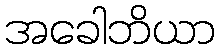
အခေါဘိယာ